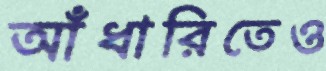
আঁধারিতেও